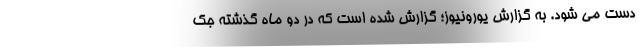
دست می شود. به گزارش یورونیوز؛ گزارش شده است که در دو ماه گذشته جک